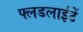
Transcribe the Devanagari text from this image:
फ्लडलाईटें